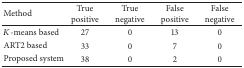
<table><thead><tr><td><b>Method</b></td><td><b>True positive</b></td><td><b>True negative</b></td><td><b>False positive</b></td><td><b>False negative</b></td></tr></thead><tbody><tr><td><i>K</i>-means based</td><td>27</td><td>0</td><td>13</td><td>0</td></tr><tr><td>ART2 based</td><td>33</td><td>0</td><td>7</td><td>0</td></tr><tr><td>Proposed system</td><td>38</td><td>0</td><td>2</td><td>0</td></tr></tbody></table>